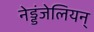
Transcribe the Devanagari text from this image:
नेड्डंजेलियन्